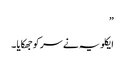
”
ایکلویہ نے سر کو جھکایا ۔